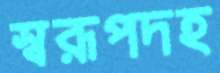
স্বরূপদহ